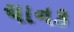
ચાનક